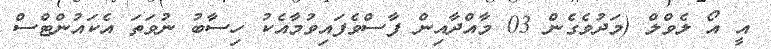
އީ އޯ ލެވްލް (މަދުވެގެން 03 މާއްދާއިން ފާސްވެފައިވުމާއެކު ހިސާބު ނުވަތަ އެކައުންޓްސް